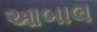
આબાલ